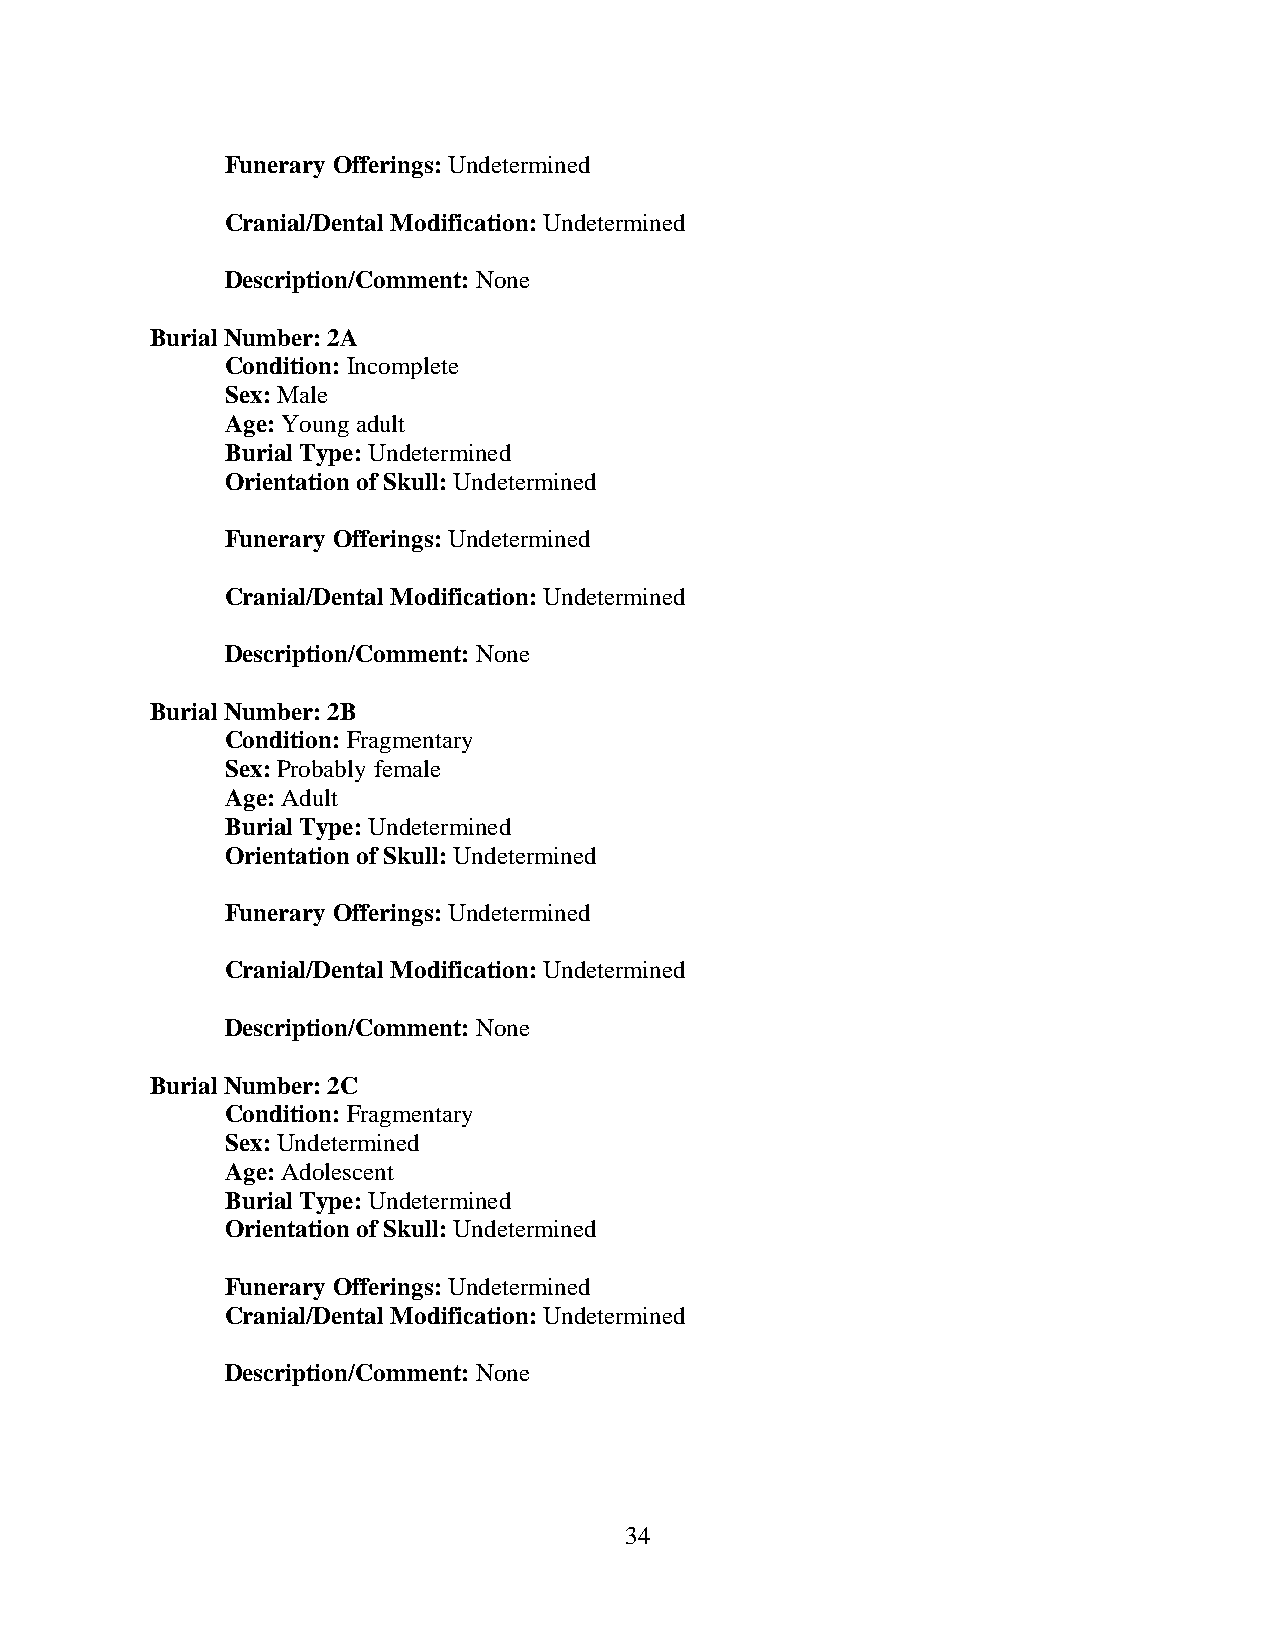
Funerary Offerings: Undetermined
 Cranial/Dental Modification: Undetermined
 Description/Comment: None
 Burial Number: 2A
 Condition: Incomplete
 Sex: Male
 Age: Young adult
 Burial Type: Undetermined
 Orientation of Skull: Undetermined
 Funerary Offerings: Undetermined
 Cranial/Dental Modification: Undetermined
 Description/Comment: None
 Burial Number: 2B
 Condition: Fragmentary
 Sex: Probably female
 Age: Adult
 Burial Type: Undetermined
 Orientation of Skull: Undetermined
 Funerary Offerings: Undetermined
 Cranial/Dental Modification: Undetermined
 Description/Comment: None
 Burial Number: 2C
 Condition: Fragmentary
 Sex: Undetermined
 Age: Adolescent
 Burial Type: Undetermined
 Orientation of Skull: Undetermined
 Funerary Offerings: Undetermined
 Cranial/Dental Modification: Undetermined
 Description/Comment: None
 34